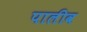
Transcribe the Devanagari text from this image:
पालीव